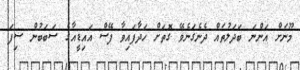
މޫނަށް އަންނަ ބަދަލުތައް ދެނެގަނެވޭ ގޮތަށް ހަދާފައިވާ ފޭސް އައިޑީއާގެ ސަބަބުން ސިފަ